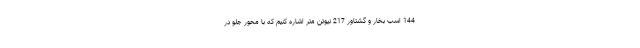
144 اسب بخار و گشتاور 217 نیوتن متر اشاره کنیم که با محور جلو در